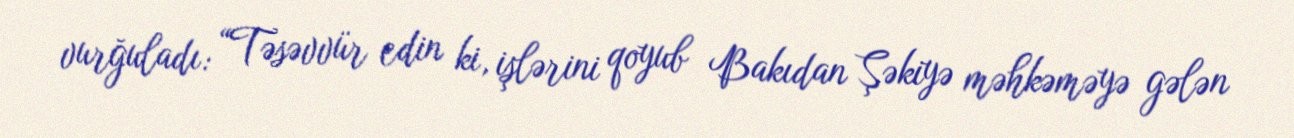
vurğuladı: “Təsəvvür edin ki, işlərini qoyub Bakıdan Şəkiyə məhkəməyə gələn